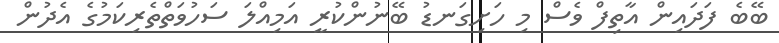
ބޭބެ ފަދައިން އާތިފް ވެސް މި ހަށިގަނޑު ބޭނުންކުރީ އަމިއްލަ ސަހުވަތްތެރިކަމުގެ އެދުން